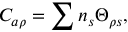
C _ { a \rho } = \sum n _ { s } \Theta _ { \rho s } ,